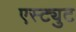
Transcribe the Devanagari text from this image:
एस्ट्युट